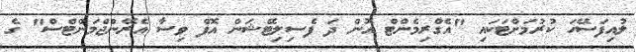
ލުއިފަސޭހަ ކުރުމަށްޓަކައި "އެގްރިމެންޓް އޮން ދަ ފެސިލިޓޭޝަން އޮފް ވިސާ އެރޭންޖްމަންޓްސް" ގެ